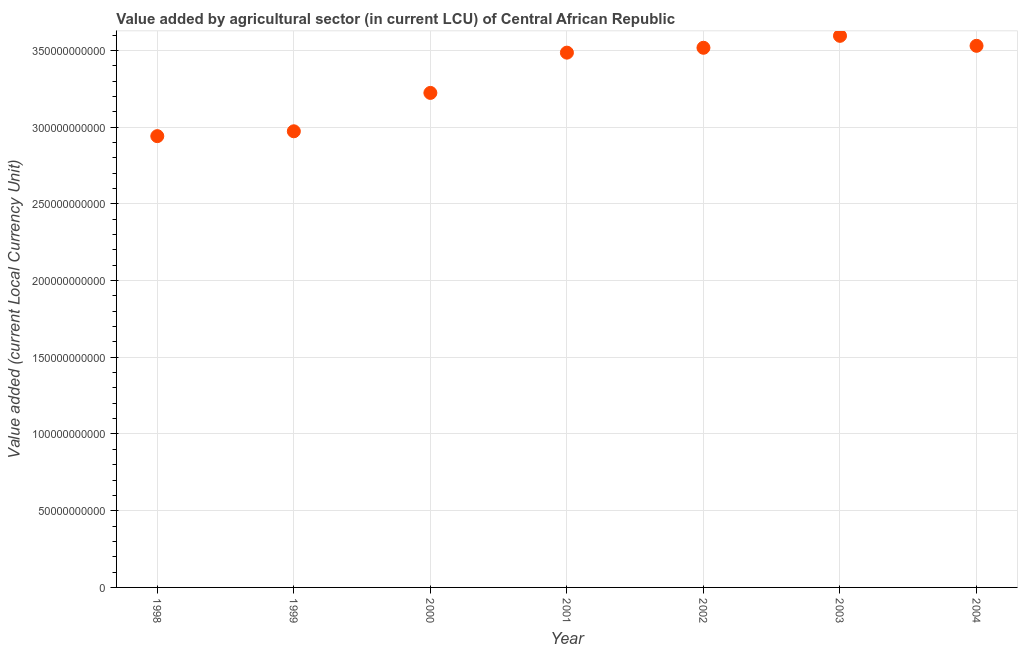
| Year | Agriculture |
 | --- | --- |
 | 1998 | 2.94e+11 |
 | 1999 | 2.97e+11 |
 | 2000 | 3.22e+11 |
 | 2001 | 3.49e+11 |
 | 2002 | 3.52e+11 |
 | 2003 | 3.59e+11 |
 | 2004 | 3.53e+11 |